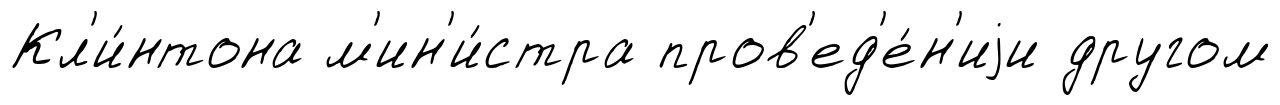
Кл'и́нтона м'ин'и́стра пров'ед'е́н'иjи другом